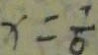
x = \frac { 7 } { 6 }